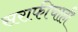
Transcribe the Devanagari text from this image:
सराफीचाही